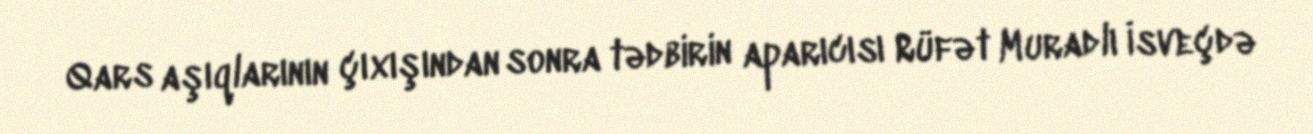
Qars aşıqlarının çıxışından sonra tədbirin aparıcısı Rüfət Muradlı İsveçdə